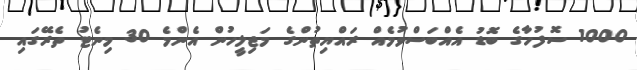
1000 ސޮފުހާގެ ބޮޑު އެއްބަސްވުމެއް ރައްޔިތުންގެ މަޖިލީހުން އެންމެ 30 މިނެޓު ތެރޭގައި